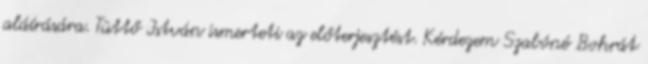
aláírására. Tüttő István ismerteti az előterjesztést. Kérdezem Szabóné Bohrát